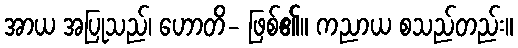
အာယ အပြုသည်၊ ဟောတိ- ဖြစ်၏။ ကညာယ စသည်တည်း။